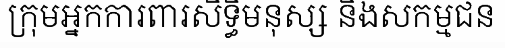
ក្រុមអ្នកការពារសិទ្ធិមនុស្ស និងសកម្មជន